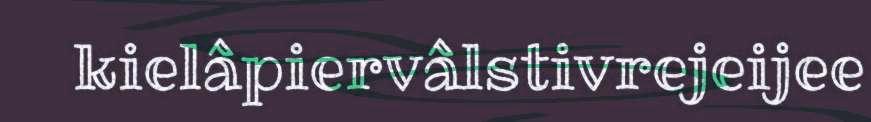
kielâpiervâlstivrejeijee